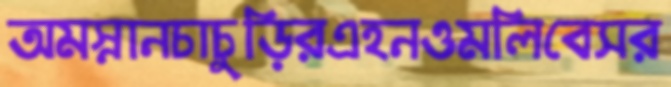
অমস্নানচাচুড়িরএহনওমলিবেসর